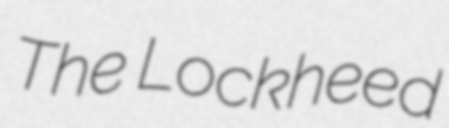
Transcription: The Lockheed